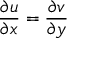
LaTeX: { \frac { \partial u } { \partial x } } = { \frac { \partial v } { \partial y } }